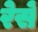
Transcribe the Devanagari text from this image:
रेसें